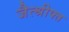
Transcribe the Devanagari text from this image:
जैत्श्रीफ्त